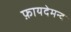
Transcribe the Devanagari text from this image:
फ़ायदेमन्द